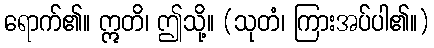
ရောက်၏။ ဣတိ၊ ဤသို့။ (သုတံ၊ ကြားအပ်ပါ၏။)